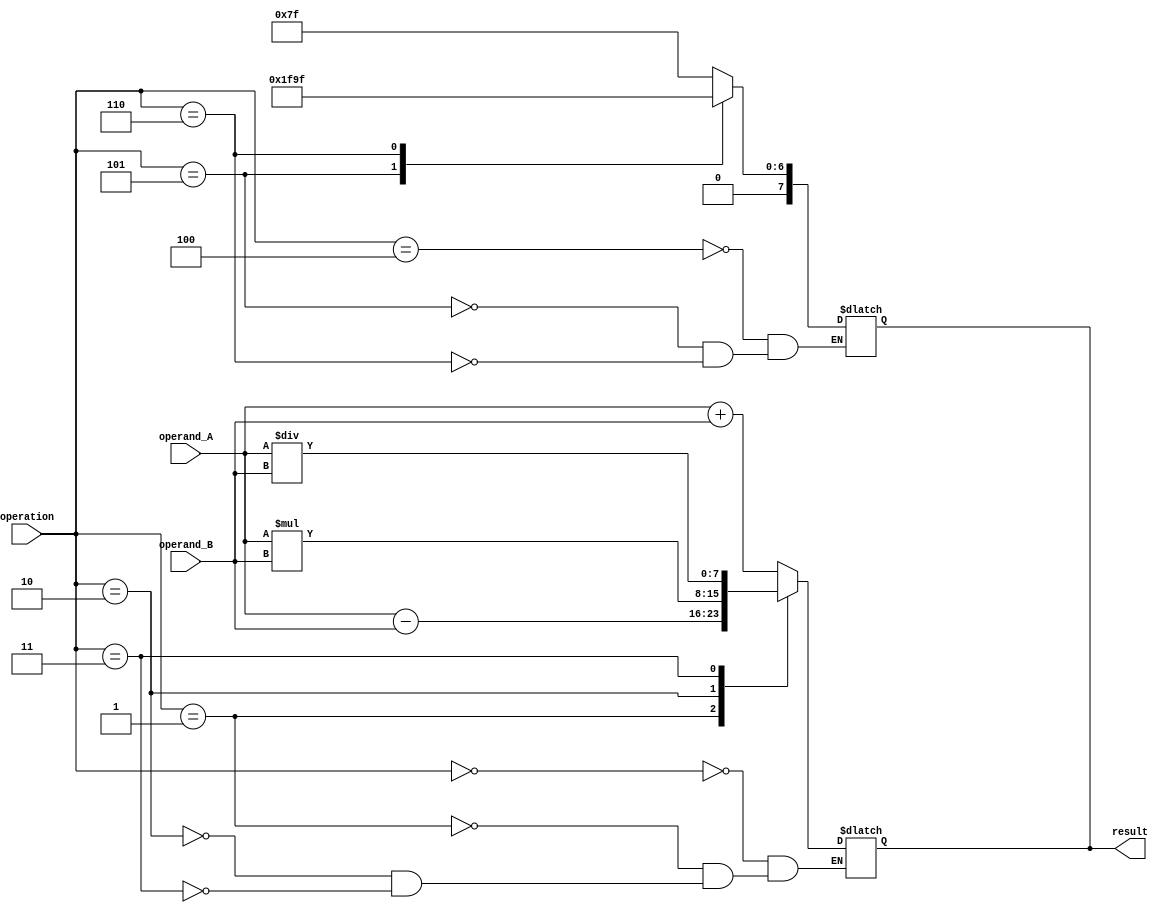
module ArithmeticTrigALU(
    input wire [7:0] operand_A,
    input wire [7:0] operand_B,
    input wire [2:0] operation,
    output reg [7:0] result
);

// Arithmetic operations
always @(*)
begin
    case(operation)
        3'b000: result = operand_A + operand_B; // Addition
        3'b001: result = operand_A - operand_B; // Subtraction
        3'b010: result = operand_A * operand_B; // Multiplication
        3'b011: result = operand_A / operand_B; // Division
    endcase
end

// Trigonometric functions (sine, cosine, tangent) - dummy implementation
always @(*)
begin
    case(operation)
        3'b100: result = 8'd127; // Sine function
        3'b101: result = 8'd63; // Cosine function
        3'b110: result = 8'd31; // Tangent function
    endcase
end

endmodule